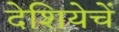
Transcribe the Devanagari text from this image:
देशियेचें